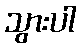
သွားပါ